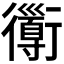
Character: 𧘄